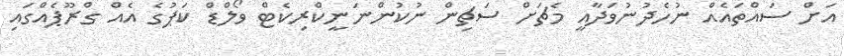
އަށް ސައްތައެއް ނުހެދުނުވަދާއީ މެޗަށް ސަޗިން ނުކުންނަނީކްރިކެޓް ވޯލްޑް ކަޕުގެ އެއް ގްރޫޕެއްގައި